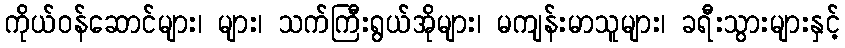
ကိုယ်ဝန်ဆောင်များ၊ များ၊ သက်ကြီးရွယ်အိုများ၊ မကျန်းမာသူများ၊ ခရီးသွားများနှင့်